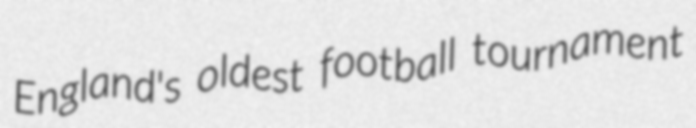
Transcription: England's oldest football tournament